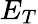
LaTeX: E_{T}